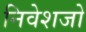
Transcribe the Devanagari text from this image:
निवेशजो